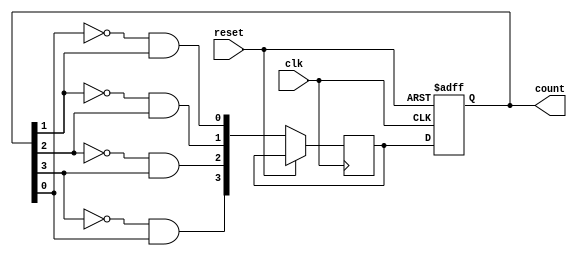
module gray_counter(
    input wire clk, // Clock signal
    input wire reset, // Reset signal
    output reg [3:0] count // Output count in Gray code
);

reg [3:0] next_count; // Next count value

always @(posedge clk or posedge reset) begin
    if (reset) begin
        count <= 4'b0000; // Initialize count to 0
    end else begin
        next_count[0] <= ~count[0] & count[1];
        next_count[1] <= ~count[1] & count[2];
        next_count[2] <= ~count[2] & count[3];
        next_count[3] <= ~count[3] & count[0];

        count <= next_count;
    end
end

endmodule